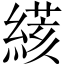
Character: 𦃮